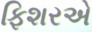
ફિશરએ